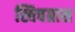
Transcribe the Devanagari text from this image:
स्विचग्रास